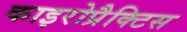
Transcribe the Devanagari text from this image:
काइरोप्रैक्टिस